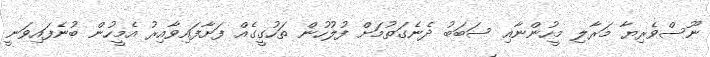
ނޫސްވެރިޔާ މަރާލި މީހުންނާއި ސަބަބު ދެނެގަތުމަށް ފުލުހުން ތަހުގީގެއް ފަށާފައިވާއިރު އެމީހުން ބުނެފައިވަނީ